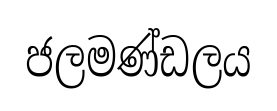
ජලමණ්ඩලය